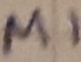
Text: M1